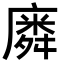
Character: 𭙸